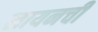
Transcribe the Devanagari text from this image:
लायनची